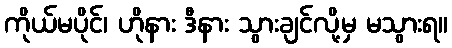
ကိုယ်မပိုင်၊ ဟိုနား ဒီနား သွားချင်လို့မှ မသွားရ။